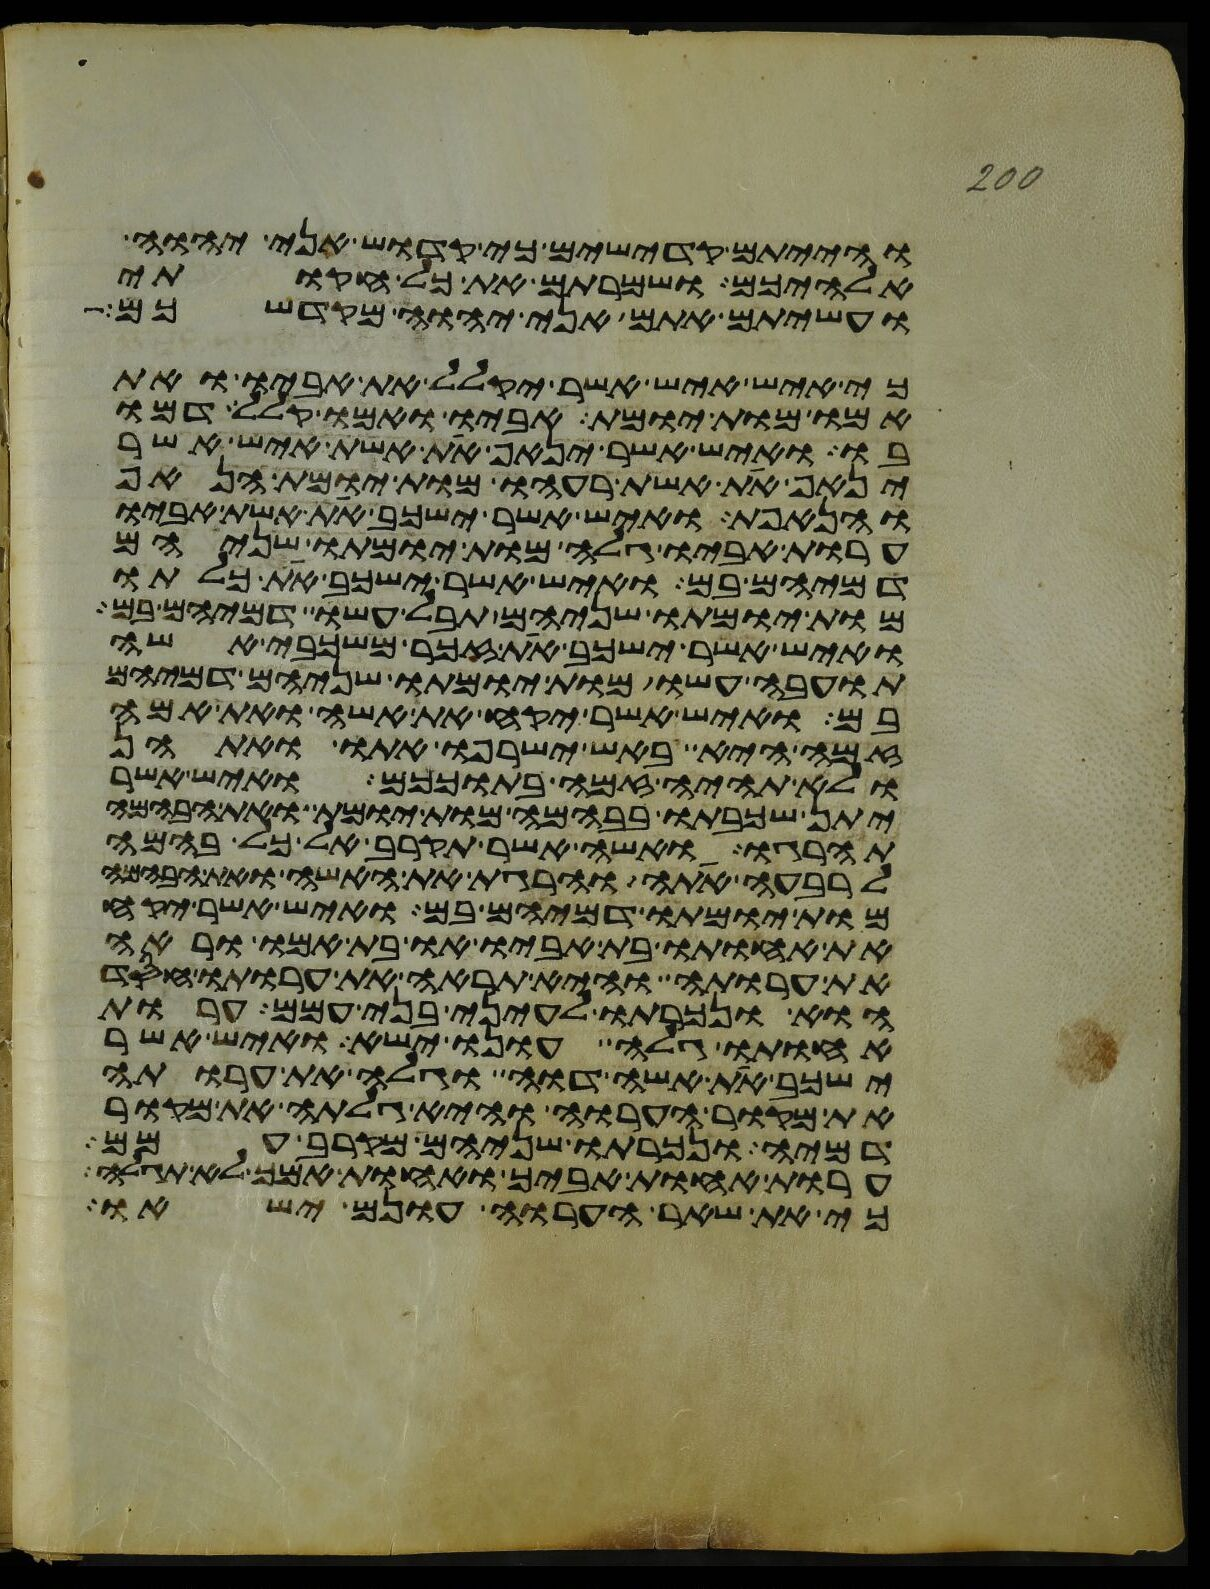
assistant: והייתם קדישים כי קדוש אני יהוה
אלהיכם ושמרתם את כל חקותי
ועשיתם אתם אני יהוה מקדשכם
כי איש איש אשר יקלל את אביו ואת
אמו מות יומת אביו ואמו קלל דמו
בו ואיש אשר ינאף את אשת איש אשר
ינאף את אשת רעהו מות יומת הנאף
והנאפת ואיש אשר ישכב את אשת אביו
ערות אביו גלה מות יומתו שניהם
דמיהם בם ואיש אשר ישכב את כלתו
מות יומתו שניהם תבל עשו דמיהם בם
ואיש אשר ישכב את זכר משכבי אשה
תועבה עשו מות יומתו שניהם דמיהם
בם ואיש אשר יקח את אשה ואת אמה
זמה היא באש ישרפו אתו ואתהן
ולא תהיה זמה בתוככם ואיש אשר
יתן שכבתו בבהמה מות יומת ואת הבהמה
תהרגו ואשה אשר תקרב אל כל בהמה
לרבעה אתה והרגת את האשה ואת הבהמה
מות יומתו דמיהם בם ואיש אשר יקח
את אחותו בת אביו או בת אמו וראה
את ערותה והיא תראה את ערותו חסד
הוא ונכרתו לעיני בני עמם ערות
אחותו גלה עונו ישא ואיש אשר
ישכב את אשה דוה וגלה את ערותה
את מקור הערוה והיא גלתה את מקור
דמיה ונכרתו שניהם מקרב עמם
ערות אחות אביך ואחות אמך לא תגלה
כי את שאר הערוה עונם ישאו